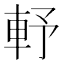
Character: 𨋋